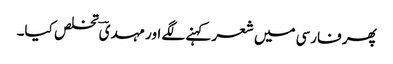
پھر فارسی میں شعر کہنے لگے اور مہدیؔ تخلص کیا۔